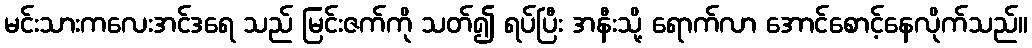
မင်းသားကလေးအင်ဒရေ သည် မြင်းဇက်ကို သတ်၍ ရပ်ပြီး အနီးသို့ ရောက်လာ အောင်စောင့်နေလိုက်သည်။